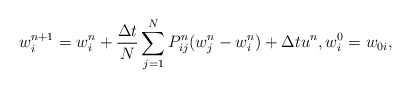
\begin{align*}w^{n+1}_i=w^n_i+\frac{\Delta t}{N}\sum_{j=1}^{N}P^n_{ij}(w^n_j-w^n_i)+\Delta t u^n,w^0_i= w_{0i},\end{align*}